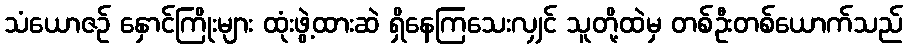
သံယောဇဉ် နှောင်ကြိုးများ ထုံးဖွဲ့ထားဆဲ ရှိနေကြသေးလျှင် သူတို့ထဲမှ တစ်ဦးတစ်ယောက်သည်